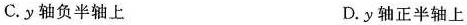
C.y轴负半轴上 D.y轴正半轴上